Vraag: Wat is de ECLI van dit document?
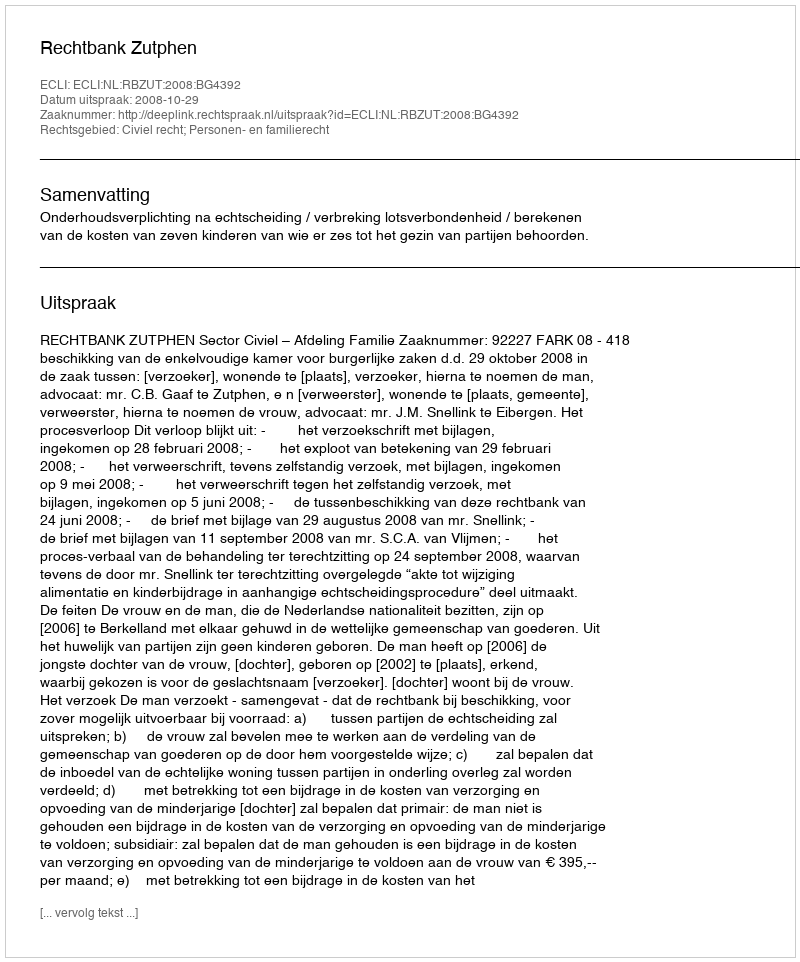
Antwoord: ECLI:NL:RBZUT:2008:BG4392